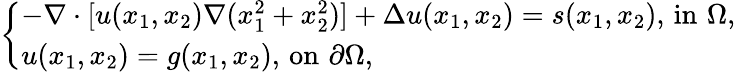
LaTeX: \left\{ \begin{array}{ll}{-\nabla\cdot[u(x_{1},x_{2})\nabla(x_{1}^{2}+x_{2}^{2})]+\Delta u(x_{1},x_{2})=s(x_{1},x_{2}),\, \mathrm{in}\, \, \Omega,}\\ {u(x_{1},x_{2})=g(x_{1},x_{2}),\, \mathrm{on}\, \, \partial\Omega,}\end{array}\right.